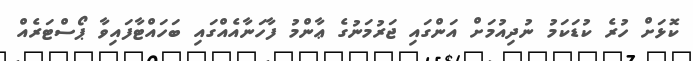
ކޮޅަށް ހުރެ ކުޑަކަމު ނުދިއުމަށް އަންގައި ޖަރުމަނުގެ ޢާންމު ފާހަނާއެއްގައި ބަހައްޓާފައިވާ ޕޯސްޓަރެއް